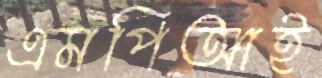
এমপিআই